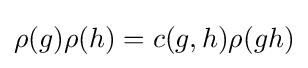
\rho (g)\rho (h)=c(g,h)\rho (gh)